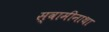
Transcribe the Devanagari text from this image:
स्वामीनाथा